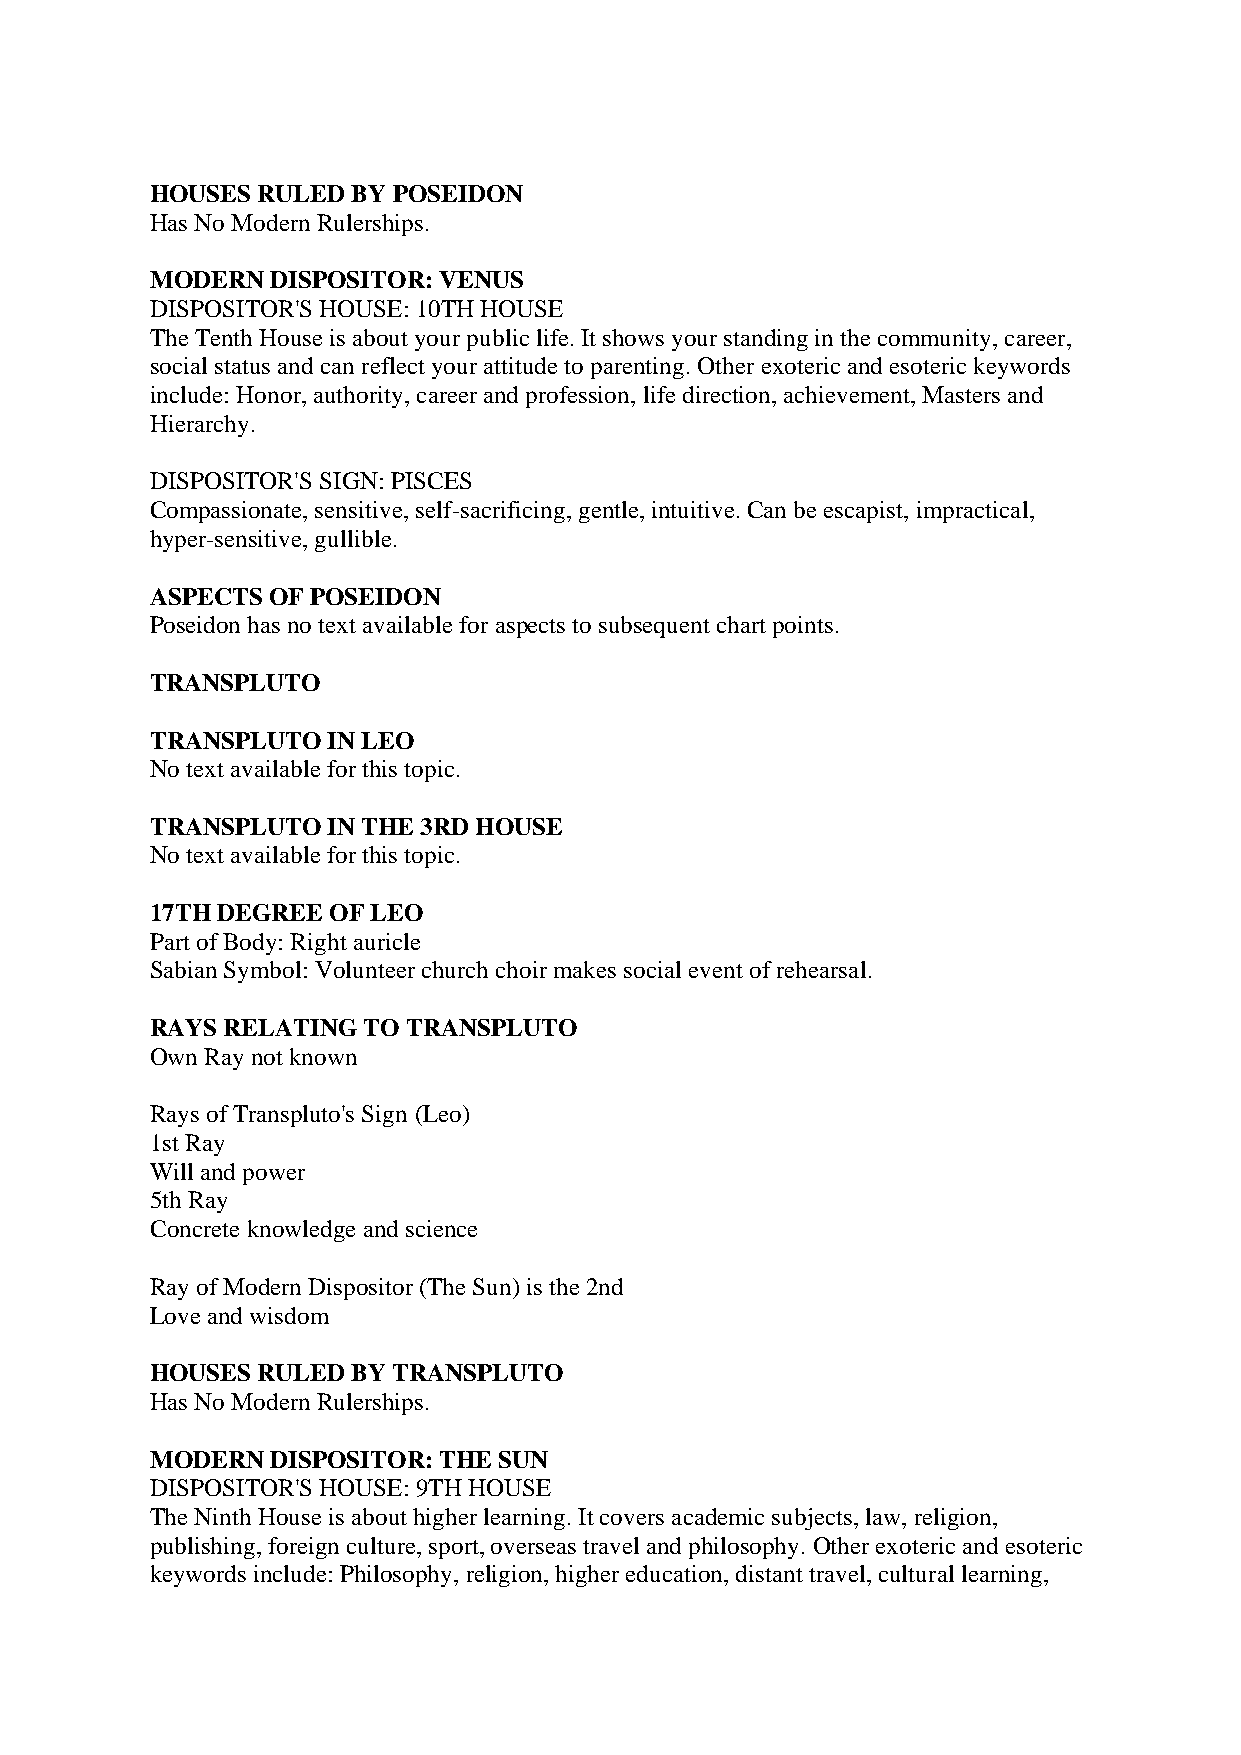
HOUSES RULED BY POSEIDON
 Has No Modern Rulerships.
 MODERN  DISPOSITOR: VENUS
 DISPOSITOR'S HOUSE: 10TH HOUSE
 The Tenth House is about your public life. It shows your standing in the community, career,
 social status and can reflect your attitude to parenting. Other exoteric and esoteric keywords
 include: Honor, authority, career and profession, life direction, achievement, Masters and
 Hierarchy.
 DISPOSITOR'S SIGN: PISCES
 Compassionate, sensitive, self-sacrificing, gentle, intuitive. Can be escapist, impractical,
 hyper-sensitive, gullible.
 ASPECTS OF POSEIDON
 Poseidon has no text available for aspects to subsequent chart points.
 TRANSPLUTO
 TRANSPLUTO  IN LEO
 No text available for this topic.
 TRANSPLUTO  IN THE 3RD HOUSE
 No text available for this topic.
 17TH DEGREE OF LEO
 Part of Body: Right auricle
 Sabian Symbol: Volunteer church choir makes social event of rehearsal.
 RAYS RELATING TO TRANSPLUTO
 Own Ray not known
 Rays of Transpluto's Sign (Leo)
 1st Ray
 Will and power
 5th Ray
 Concrete knowledge and science
 Ray of Modern Dispositor (The Sun) is the 2nd
 Love and wisdom
 HOUSES RULED BY TRANSPLUTO
 Has No Modern Rulerships.
 MODERN  DISPOSITOR: THE SUN
 DISPOSITOR'S HOUSE: 9TH HOUSE
 The Ninth House is about higher learning. It covers academic subjects, law, religion,
 publishing, foreign culture, sport, overseas travel and philosophy. Other exoteric and esoteric
 keywords include: Philosophy, religion, higher education, distant travel, cultural learning,